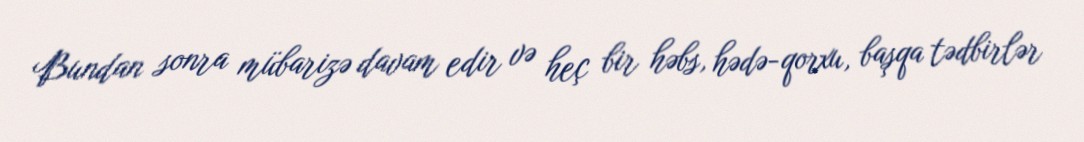
Bundan sonra mübarizə davam edir və heç bir həbs, hədə-qorxu, başqa tədbirlər